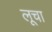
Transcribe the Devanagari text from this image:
लूचा